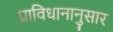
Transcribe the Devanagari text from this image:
प्राविधानानुसार